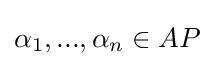
\alpha _{1},...,\alpha _{n}\in AP